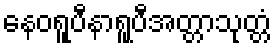
နေဝရူပီနာရူပီအတ္တာသုတ္တံ